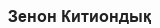
Зенон Китиондық